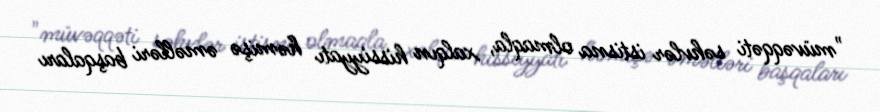
"müvəqqəti səhvlər istisna olmaqla, xalqın hissiyyatı həmişə əməlləri başqaları